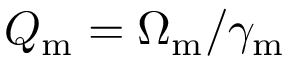
Q _ { \mathrm { m } } = \Omega _ { \mathrm { m } } / \gamma _ { \mathrm { m } }